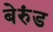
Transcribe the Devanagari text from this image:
बेरुंड